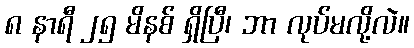
၈ နာရီ ၂၅ မိနစ် ရှိပြီ၊ ဘာ လုပ်မလို့လဲ။